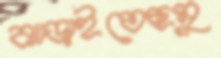
ঝাড়াইতেছমু